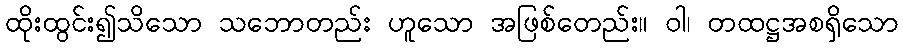
ထိုးထွင်း၍သိသော သဘောတည်း ဟူသော အဖြစ်တေည်း။ ဝါ၊ တထဋ္ဌအစရှိသော